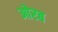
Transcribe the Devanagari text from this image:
ओरब